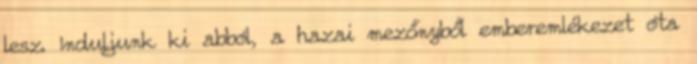
lesz. Induljunk ki abból, a hazai mezőnyből emberemlékezet óta